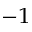
^ { - 1 }